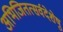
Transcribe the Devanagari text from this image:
अभिजितत्सर्वदेशेषु